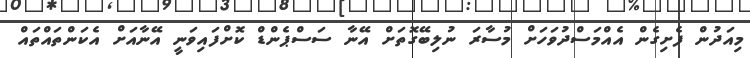
މިއަދުން ފެށިގެން އެއްމަސްދުވަހަށް މުސާރަ ނުލިބޭގޮތަށް އޭނާ ސަސްޕެންޑް ކޮށްފައިވަނީ އޭނާއަށް އެކަންތައްތައް